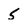
Character: 5